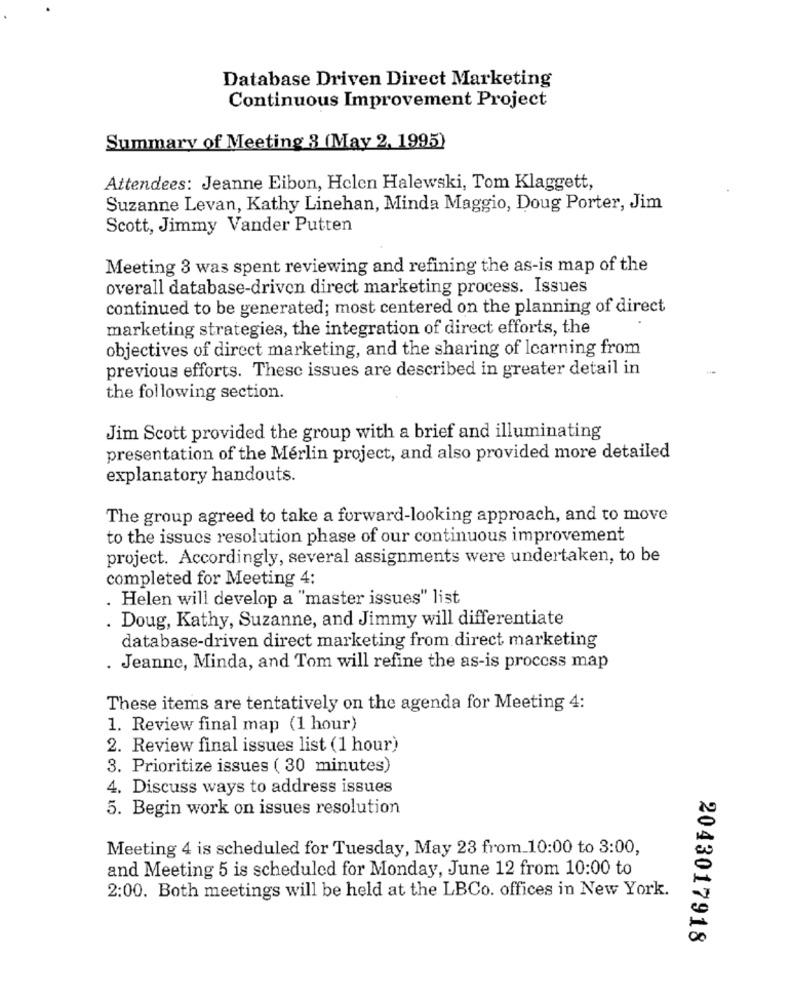
Database Driven Direct Marketing
Continuous Improvement Project
Summary of Meeting 3 (May 2, 1995)
Attendees: Jeanne Eibon, Hclen Halewski, Tom Klaggett,
Suzanne Levan, Kathy Linehan, Minda Maggio, Doug Porter, Jim
Scott, Jimmy Vander Putten
Meeting 3 was spent reviewing and refining the as-is map of the
overall database-driven direct marketing process. Issues
continued to be generated; most centered on the planning of direct
marketing strategies, the integration of direct efforts, the
objectives of direct marketing, and the sharing of learning from
previous efforts. These issues are described in greater detail in
the following section.
Jim Scott provided the group with a brief and illuminating
presentation of the Merlin project, and also provided more detailed
explanatory handouts.
The group agreed to take a forward-looking approach, and to move
to the issues resolution phase of our continuous improvement
project. Accordingly, several assignments were undertaken, to be
completed for Meeting 4:
. Helen will develop a "master issues" list
. Doug, Kathy, Suzanne, and Jimmy will differentiate
database-driven direct marketing from direct marketing
. Jeanne, Minda, and Tom will refine the as-is process map
These items are tentatively on the agenda for Meeting 4:
1. Review final map (1 hour)
2. Review final issues list (1 hour)
3. Prioritize issues ( 30 minutes)
4. Discuss ways to address issues
5. Begin work on issues resolution
Meeting 4 is scheduled for Tuesday, May 23 from_10:00 to 3:00,
and Meeting 5 is scheduled for Monday, June 12 from 10:00 to
2:00. Both meetings will be held at the LBCo. offices in New York.
2043017918